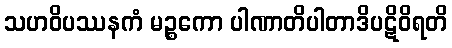
သဟဝိပဿနကံ မဉ္စကော ပါဏာတိပါတာဒိပဋိဝိရတိ